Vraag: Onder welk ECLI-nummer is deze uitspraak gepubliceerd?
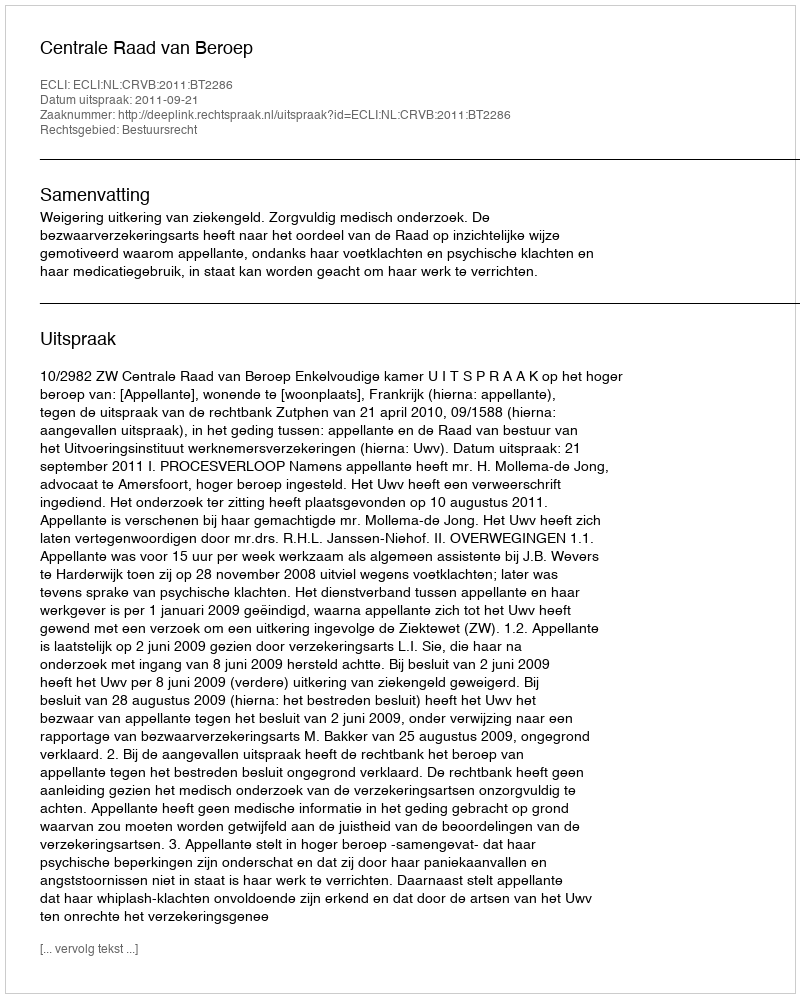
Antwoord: ECLI:NL:CRVB:2011:BT2286